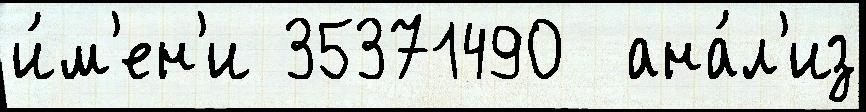
и́м'ен'и 35371490  ана́л'из